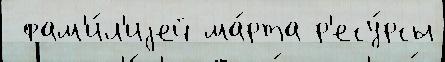
 фам'и́л'иjей ма́рта р'есу́рсы